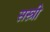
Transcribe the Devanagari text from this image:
सस्त्री